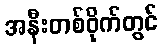
အနီးတစ်ဝိုက်တွင်